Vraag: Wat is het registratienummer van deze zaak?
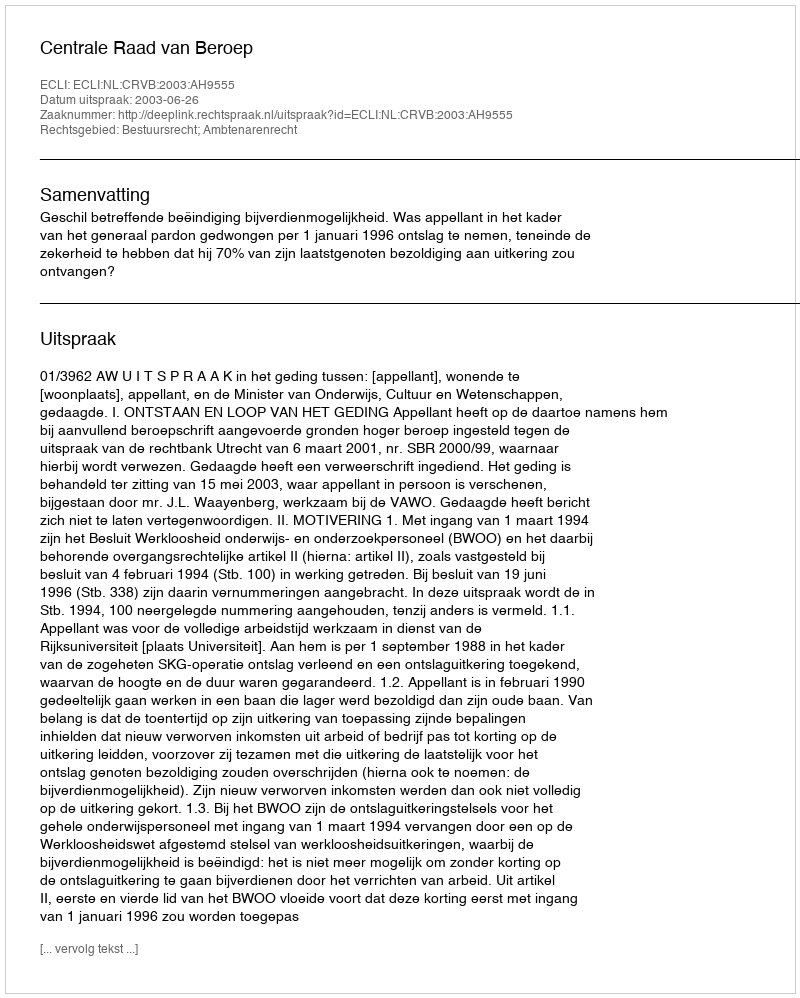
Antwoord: http://deeplink.rechtspraak.nl/uitspraak?id=ECLI:NL:CRVB:2003:AH9555